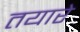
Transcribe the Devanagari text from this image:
तयारे